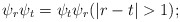
\begin{align*} \psi_r \psi_t = \psi_t \psi_r(|r-t|>1);\end{align*}